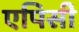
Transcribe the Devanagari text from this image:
एपिसी